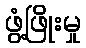
ဖွံ့ဖြိုးမှု